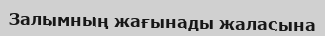
Залымның жағынады жаласына